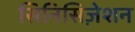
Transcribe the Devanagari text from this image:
सिनिसिज़ेशन